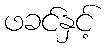
ဖခင်နှင့်